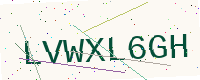
Text: LVWXL6GH